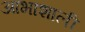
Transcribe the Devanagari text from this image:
आभाशाली